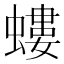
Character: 螻